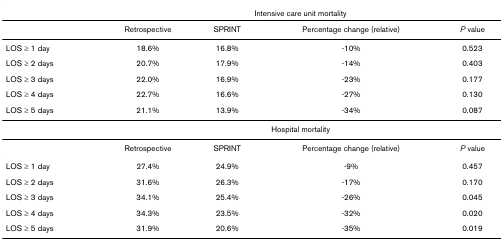
<table><thead><tr><td></td><td colspan="4"><b>Intensive care unit mortality</b></td></tr></thead><tbody><tr><td></td><td>Retrospective</td><td>SPRINT</td><td>Percentage change (relative)</td><td><i>P </i>value</td></tr><tr><td>LOS ≥ 1 day</td><td>18.6%</td><td>16.8%</td><td>-10%</td><td>0.523</td></tr><tr><td>LOS ≥ 2 days</td><td>20.7%</td><td>17.9%</td><td>-14%</td><td>0.403</td></tr><tr><td>LOS ≥ 3 days</td><td>22.0%</td><td>16.9%</td><td>-23%</td><td>0.177</td></tr><tr><td>LOS ≥ 4 days</td><td>22.7%</td><td>16.6%</td><td>-27%</td><td>0.130</td></tr><tr><td>LOS ≥ 5 days</td><td>21.1%</td><td>13.9%</td><td>-34%</td><td>0.087</td></tr><tr><td></td><td colspan="4">Hospital mortality</td></tr><tr><td></td><td>Retrospective</td><td>SPRINT</td><td>Percentage change (relative)</td><td><i>P </i>value</td></tr><tr><td>LOS ≥ 1 day</td><td>27.4%</td><td>24.9%</td><td>-9%</td><td>0.457</td></tr><tr><td>LOS ≥ 2 days</td><td>31.6%</td><td>26.3%</td><td>-17%</td><td>0.170</td></tr><tr><td>LOS ≥ 3 days</td><td>34.1%</td><td>25.4%</td><td>-26%</td><td>0.045</td></tr><tr><td>LOS ≥ 4 days</td><td>34.3%</td><td>23.5%</td><td>-32%</td><td>0.020</td></tr><tr><td>LOS ≥ 5 days</td><td>31.9%</td><td>20.6%</td><td>-35%</td><td>0.019</td></tr></tbody></table>